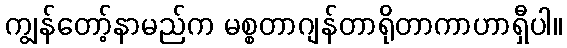
ကျွန်တော့်နာမည်က မစ္စတာဂျန်တာရိုတာကာဟာရှီပါ။